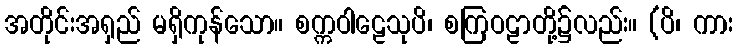
အတိုင်းအရှည် မရှိကုန်သော။ စက္ကဝါဠေသုပိ၊ စကြဝဠာတို့၌လည်း။ (ပိ၊ ကား